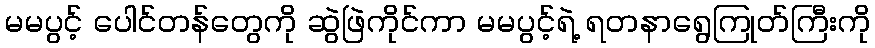
မမပွင့် ပေါင်တန်တွေကို ဆွဲဖြဲကိုင်ကာ မမပွင့်ရဲ့ ရတနာရွေကြုတ်ကြီးကို